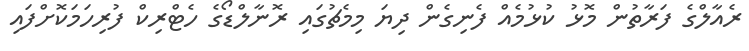
ރެއާލްގެ ފަރާތުން މޮޅު ކުޅުމެއް ފެނިގެން ދިޔަ މިމެޗުގައި ރޮނާލްޑޯގެ ހެޓްރިކް ފުރިހަމަކޮށްފައި